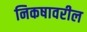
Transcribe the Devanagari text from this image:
निकषावरील